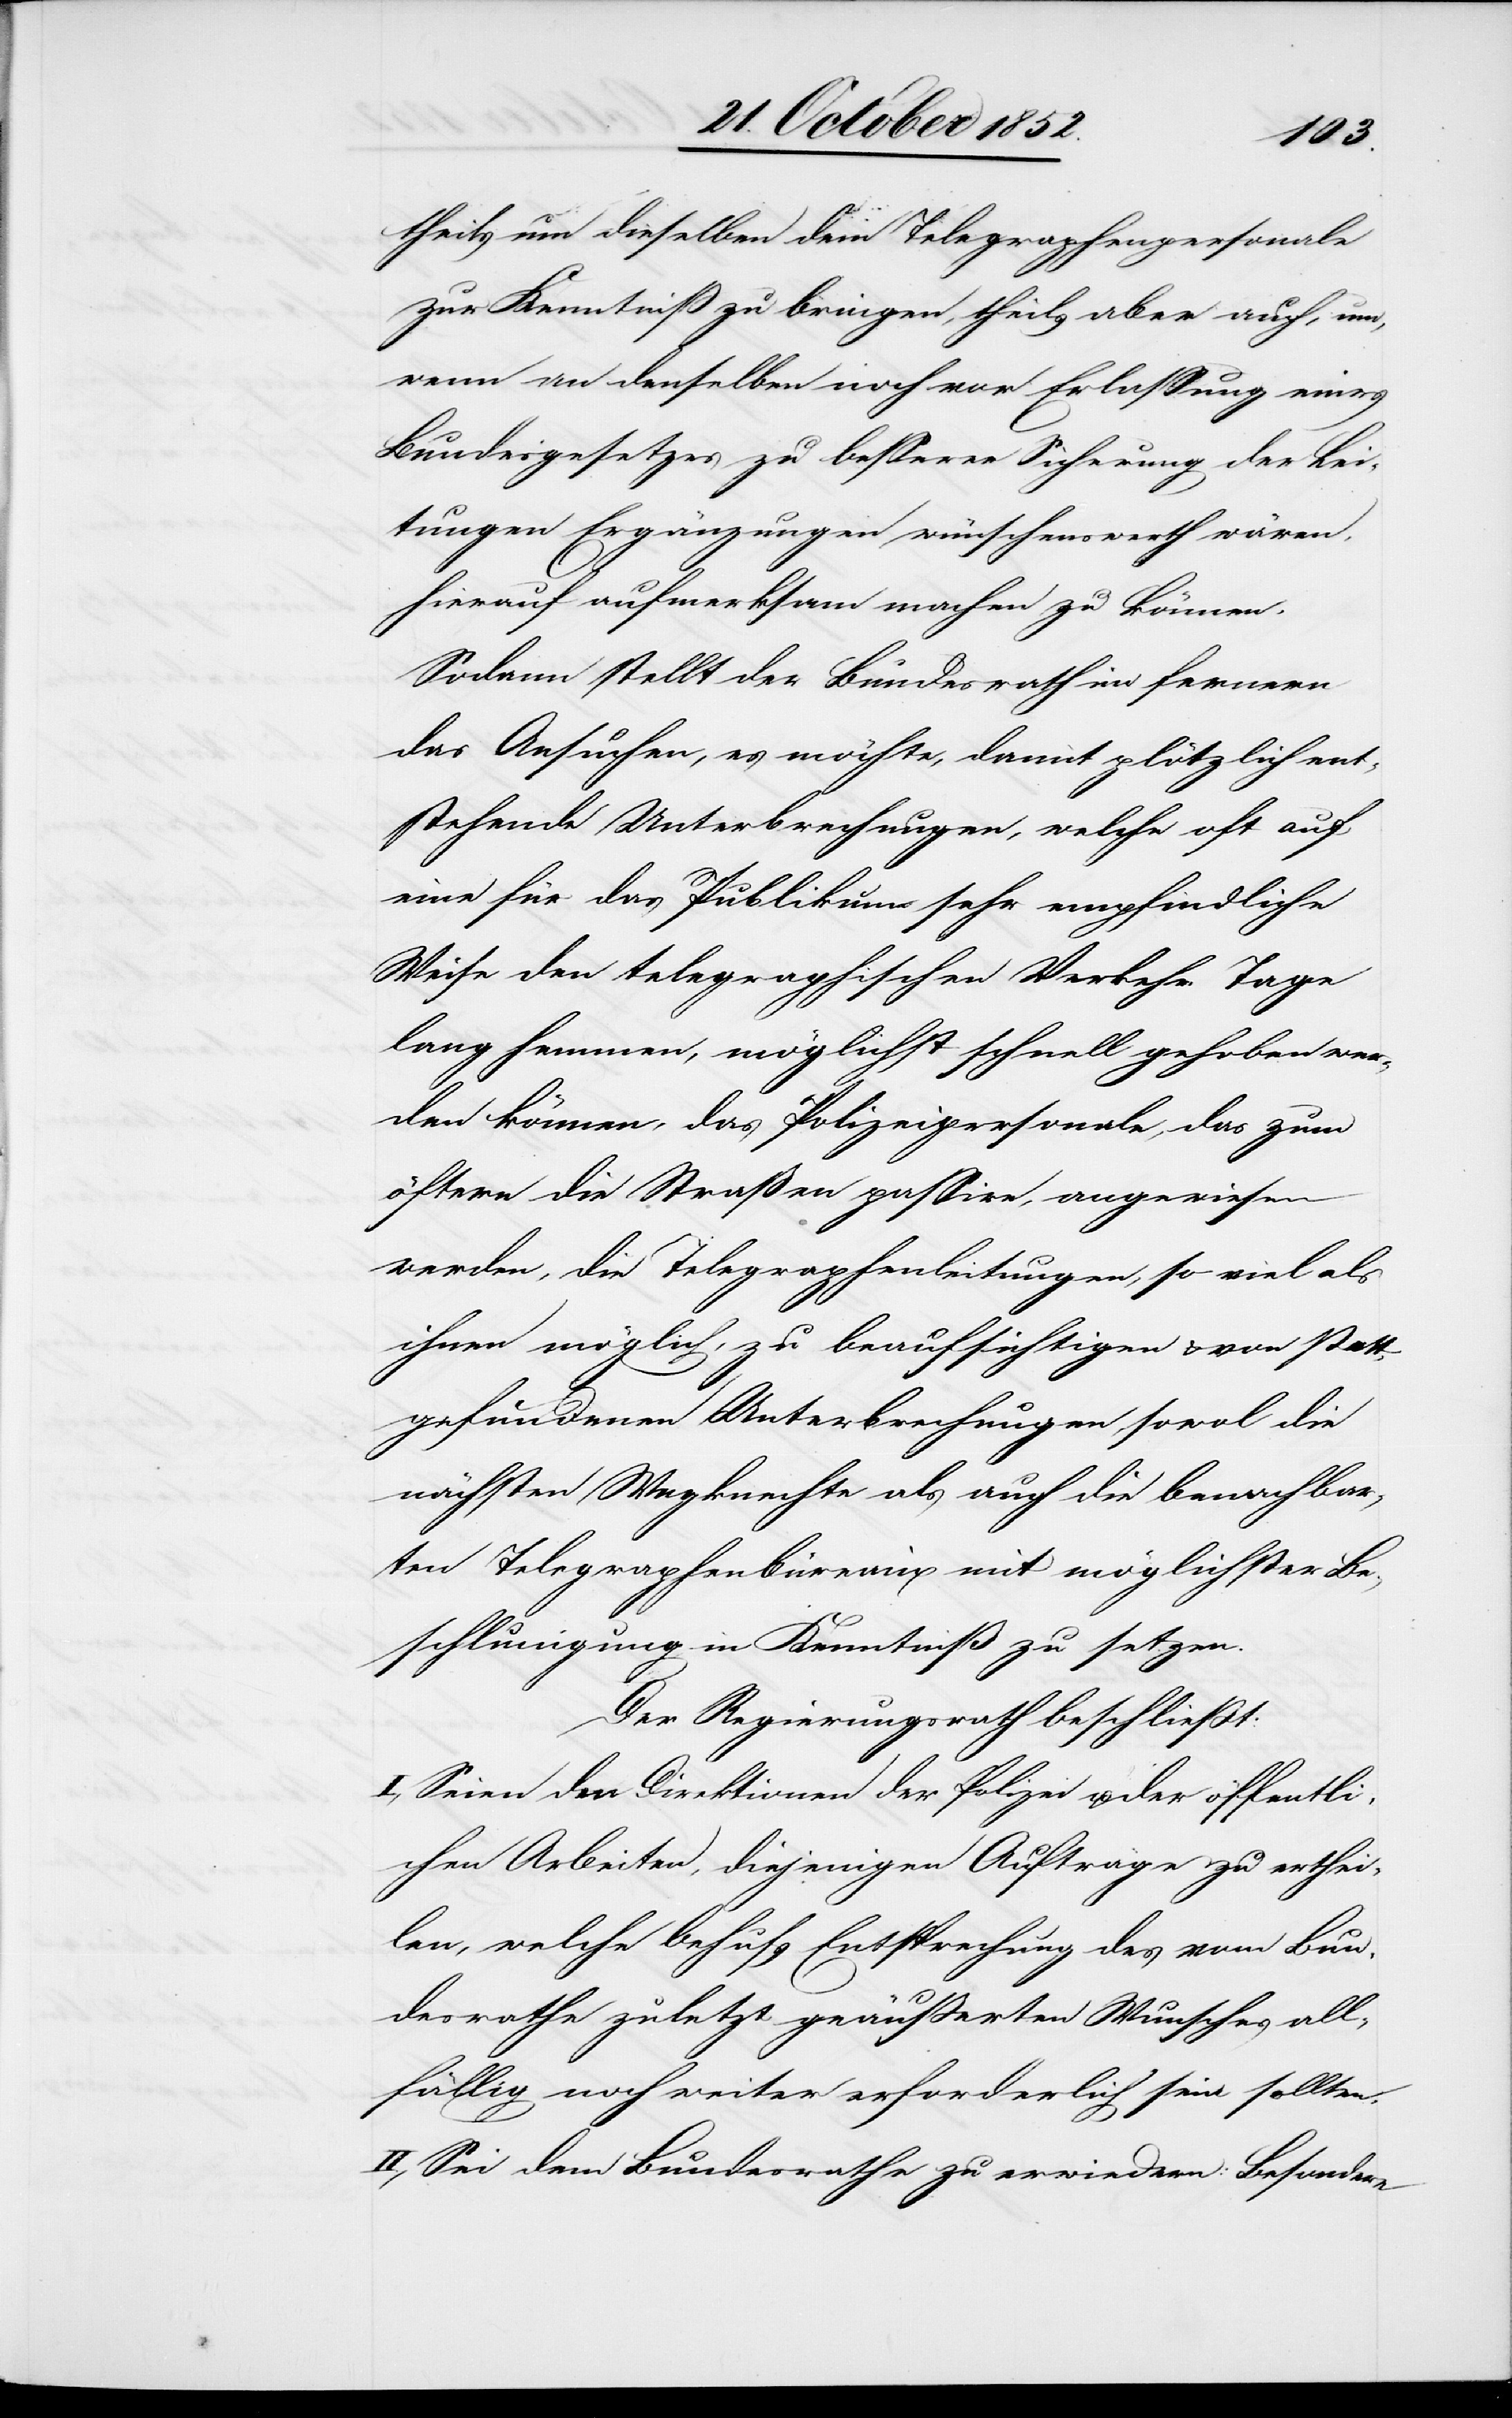
theils um dieselben dem Telegraphenpersonale
zur Kenntniß zu bringen, theils aber auch, um,
wenn an denselben noch vor Erlassung eines
Bundesgesetzes zu besserer Sicherung der Lei¬
tungen Ergänzungen wünschenswerth wären,
hierauf aufmerksam machen zu können.
Sodann stellt der Bundesrath im fernern
das Ansuchen, es möchte, damit plötzlich ent¬
stehende Unterbrechungen, welche oft auf
eine für das Publikum sehr empfindliche
Weise den telegraphischen Verkehr Tage
lang hemmen, möglichst schnell gehoben wer¬
den können, das Polizeipersonale, das zum
öftern die Straßen passire, angewiesen
werden, die Telegraphenleitungen, so viel als
ihnen möglich, zu beaufsichtigen & von statt¬
gefundenen Unterbrechungen, sowol die
nächsten Wegknechte als auch die benachbar¬
ten Telegraphenbüreaux mit möglichster Be¬
schl[e]unigung in Kenntniß zu setzen.
Der Regierungsrath beschließt:
I, Seien den Direktionen der Polizei u. der öffentli¬
chen Arbeiten, diejenigen Aufträge zu erthei¬
len, welche behufs Entsprechung des vom Bun¬
desrathe zuletzt geäußerten Wunsches all¬
fällig noch weiter erforderlich sein sollten.
II., Sei dem Bundesrathe zu erwiedern: Besondere